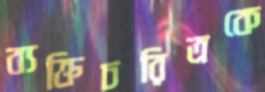
ব্যক্তিচরিত্রকে